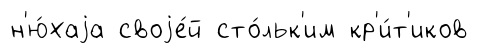
н'ю́хаjа своjе́й сто́льк'им кр'и́т'иков